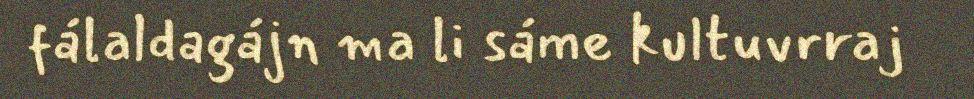
fálaldagájn ma li sáme kultuvrraj